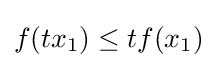
f(tx_{1})\leq tf(x_{1})